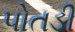
પોતડી